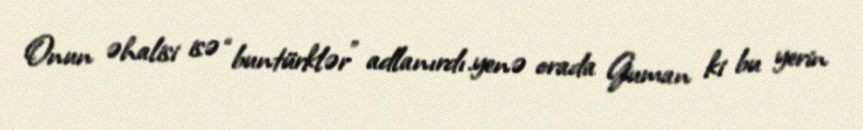
Onun əhalisi isə “buntürklər” adlanırdı.yenə orada Guman ki bu yerin